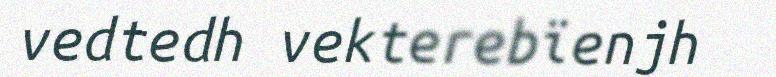
vedtedh vekterebïenjh